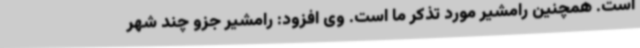
است. همچنین رامشیر مورد تذکر ما است. وی افزود: رامشیر جزو چند شهر